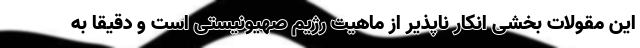
این مقولات بخشی انکار ناپذیر از ماهیت رژیم صهیونیستی است و دقیقا به